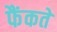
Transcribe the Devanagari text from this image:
फैंकते